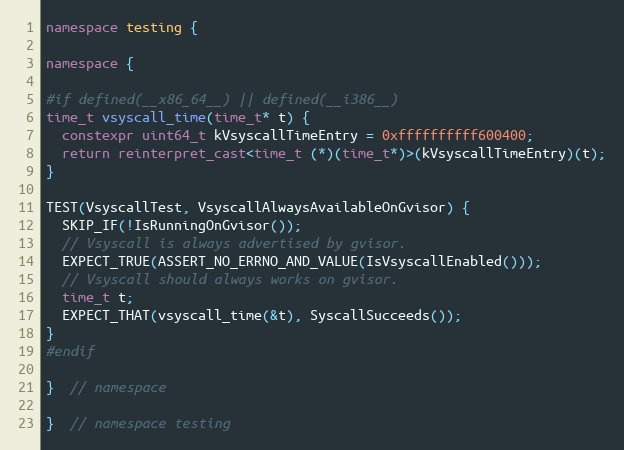
Language: C++
namespace testing {

namespace {

#if defined(__x86_64__) || defined(__i386__)
time_t vsyscall_time(time_t* t) {
  constexpr uint64_t kVsyscallTimeEntry = 0xffffffffff600400;
  return reinterpret_cast<time_t (*)(time_t*)>(kVsyscallTimeEntry)(t);
}

TEST(VsyscallTest, VsyscallAlwaysAvailableOnGvisor) {
  SKIP_IF(!IsRunningOnGvisor());
  // Vsyscall is always advertised by gvisor.
  EXPECT_TRUE(ASSERT_NO_ERRNO_AND_VALUE(IsVsyscallEnabled()));
  // Vsyscall should always works on gvisor.
  time_t t;
  EXPECT_THAT(vsyscall_time(&t), SyscallSucceeds());
}
#endif

}  // namespace

}  // namespace testing